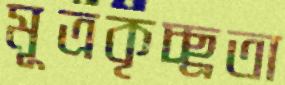
মূত্রকৃচ্ছ্রতা